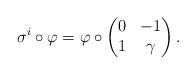
LaTeX: \begin{align*} \sigma ^i \circ \varphi =\varphi \circ \begin{pmatrix} 0 & -1 \\ 1 & \gamma \end{pmatrix}. \end{align*}